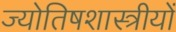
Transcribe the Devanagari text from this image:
ज्योतिषशास्त्रीयों